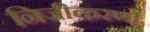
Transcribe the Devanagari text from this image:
निजीकरणों